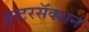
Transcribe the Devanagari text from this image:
इन्टरसॅक्शन